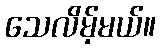
သေလိမ့်မယ်။